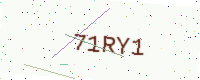
Text: 71RY1